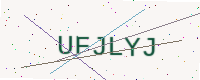
Text: UFJLYJ